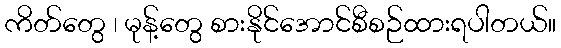
ကိတ်တွေ ၊ မုန့်တွေ စားနိုင်အောင်စီစဉ်ထားရပါတယ်။